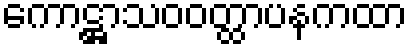
ကောဋ္ဌာသဝဝတ္ထာပနကထာ